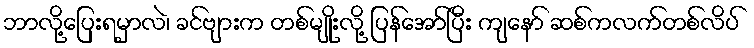
ဘာလို့ပြေးရမှာလဲ၊ ခင်ဗျားက တစ်မျိုးလို့ ပြန်အော်ပြီး ကျနော် ဆစ်ကလက်တစ်လိပ်